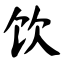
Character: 饮